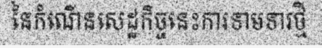
នៃកំណើនសេដ្ឋកិច្ចនេះការទាមទារថ្មី